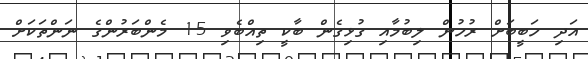
އަދި ހަބީބަށް ރުހުން ލިބުމާއި ގުޅިގެން ބާކީ ތިއްބެވި 15 މެންބަރުންގެ ނަންތަކަށް